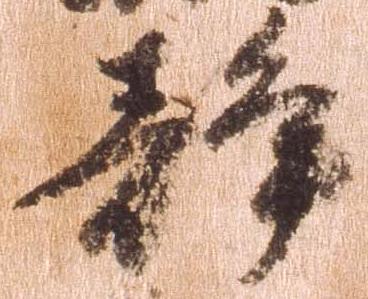
静